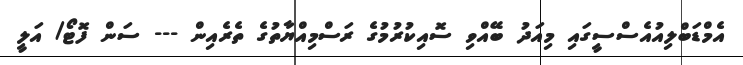
އެމްޑަބްލިއުއެސްސީގައި މިއަދު ބޭއްވި ސޮއިކުރުމުގެ ރަސްމިއްޔާތުގެ ތެރެއިން --- ސަން ފޮޓޯ/ އަލީ